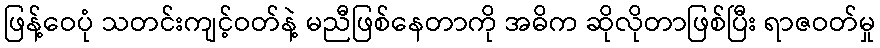
ဖြန့်ဝေပုံ သတင်းကျင့်ဝတ်နဲ့ မညီဖြစ်နေတာကို အဓိက ဆိုလိုတာဖြစ်ပြီး ရာဇဝတ်မှု